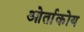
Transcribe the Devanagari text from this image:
ओर्ताकोय